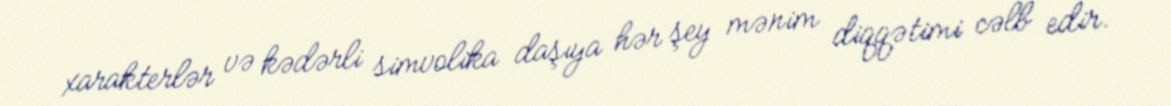
xarakterlər və kədərli simvolika daşıya hər şey mənim diqqətimi cəlb edir.